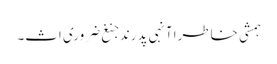
ہمشی خاطرا آنہی پدرند جنغ ضروری اث۔